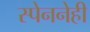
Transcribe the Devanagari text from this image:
स्पेननेही